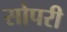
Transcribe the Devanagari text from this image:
सोपरी